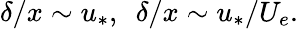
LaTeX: \delta/x\sim u_{*},\ \ \delta/x\sim u_{*}/U_{e}.